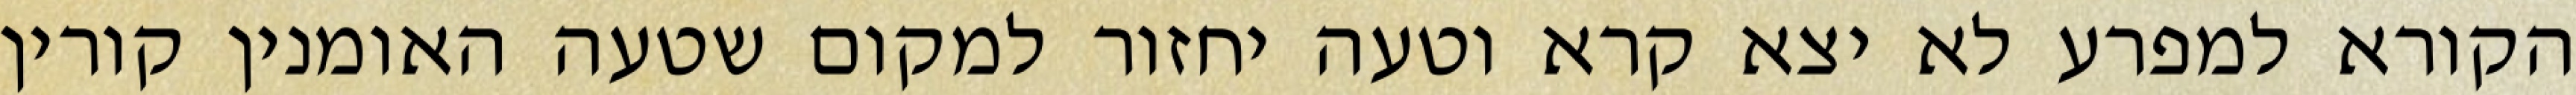
הקורא למפרע לא יצא קרא וטעה יחזור למקום שטעה האומנין קורין